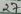
Text: 27